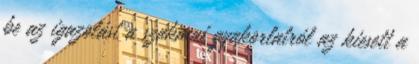
be az igazolást a szakmai gyakorlatról az kiesett a